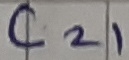
Text: C21